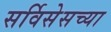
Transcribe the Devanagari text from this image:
सर्विसेसच्या